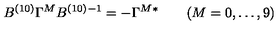
B ^ { ( 1 0 ) } \Gamma ^ { M } B ^ { ( 1 0 ) } { } ^ { - 1 } = - \Gamma ^ { M } { } ^ { * } \qquad ( M = 0 , \ldots , 9 )